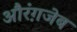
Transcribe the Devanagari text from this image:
औरंग़जेब